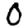
Digit: 0